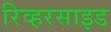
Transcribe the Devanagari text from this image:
रिव्हरसाइड